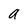
Character: a